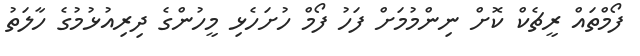
ފޯމްތައް ރީޗެކް ކޮށް ނިންމުމަށް ފަހު ފޯމް ހުށަހެޅި މީހުންގެ ދިރިއުޅުމުގެ ހާލަތު